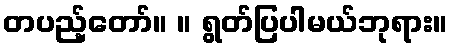
တပည့်တော်။ ။ ရွတ်ပြပါမယ်ဘုရား။